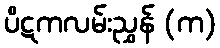
ပိဋကလမ်းညွှန် (က)